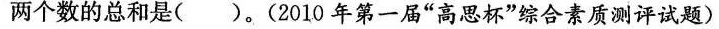
两个数的总和是()。(2010年第一届”高思杯”综合素质测评试题)